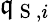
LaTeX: \mathfrak{q}_{\mathrm{{~S~}},i}